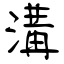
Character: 溝